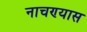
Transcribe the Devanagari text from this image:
नाचण्यास